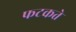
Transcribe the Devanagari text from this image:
फटकते